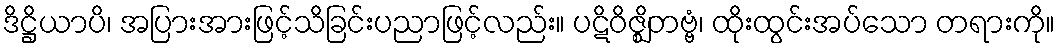
ဒိဋ္ဌိယာပိ၊ အပြားအားဖြင့်သိခြင်းပညာဖြင့်လည်း။ ပဋိဝိဇ္ဈိတဗ္ဗံ၊ ထိုးထွင်းအပ်သော တရားကို။